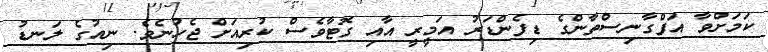
ކަމަށްވާ އަފްގާނިސްތާންގެ ޑިފެންޑަރު އަމީރީ އާއި ގޮޓާވެސް ކުރިއަށް ޖެހުނެވެ. ނިއުގެ ލަނޑު